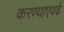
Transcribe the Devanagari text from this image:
करण्याएवढे